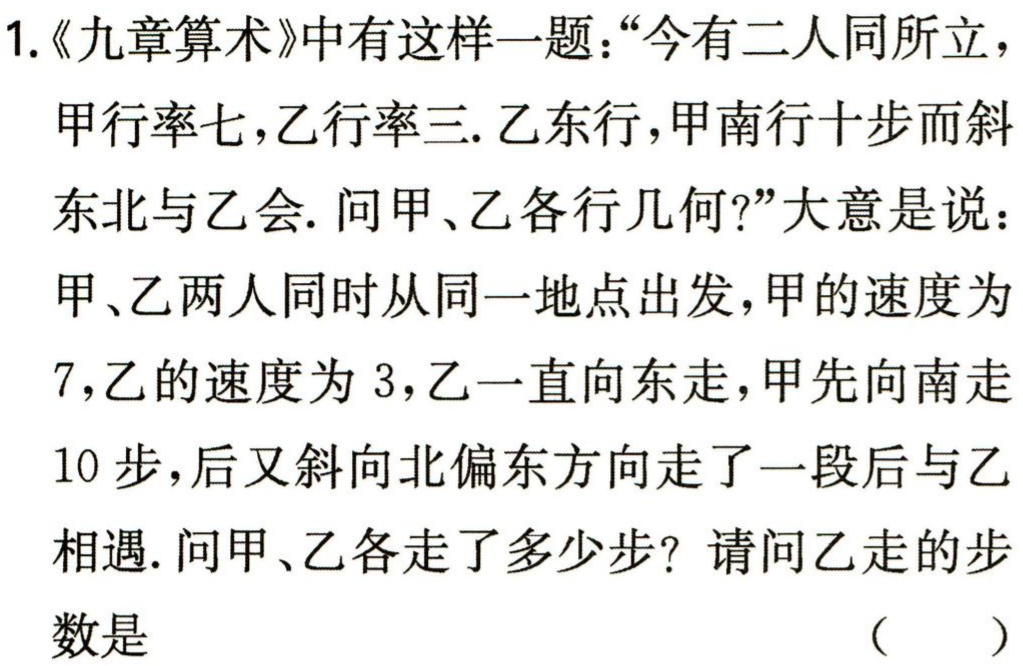
1.《九章算术》中有这样一题：“今有二人同所立，

甲行率七，乙行率三. 乙东行，甲南行十步而斜

东北与乙会. 问甲、乙各行几何?”大意是说：

甲、乙两人同时从同一地点出发，甲的速度为

7，乙的速度为 3，乙一直向东走，甲先向南走

10 步，后又斜向北偏东方向走了一段后与乙

相遇. 问甲、乙各走了多少步？请问乙走的步

数是

（  ）